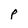
Character: P